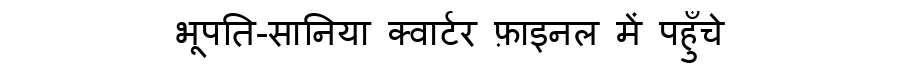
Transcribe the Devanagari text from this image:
भूपति-सानिया क्वार्टर फ़ाइनल में पहुँचे